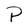
Character: P